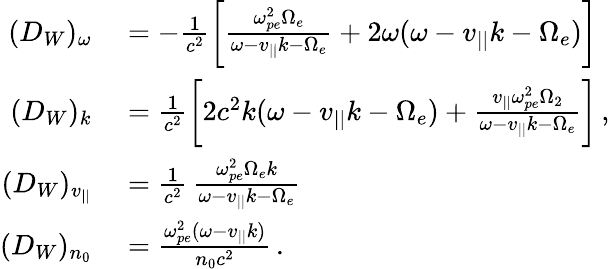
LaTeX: \begin{array}{rl}{(D_{W})_{\omega}}&{{}=-\frac{1}{c^{2}}\bigg[\frac{\omega_{pe}^{2}\Omega_{e}}{\omega-v_{||}k-\Omega_{e}}+2\omega(\omega-v_{||}k-\Omega_{e})\bigg]}\\ {(D_{W})_{k}}&{{}=\frac{1}{c^{2}}\bigg[2c^{2}k(\omega-v_{||}k-\Omega_{e})+\frac{v_{||}\omega_{pe}^{2}\Omega_{2}}{\omega-v_{||}k-\Omega_{e}}\bigg]\, ,}\\ {(D_{W})_{v_{||}}}&{{}=\frac{1}{c^{2}}\, \frac{\omega_{pe}^{2}\Omega_{e}k}{\omega-v_{||}k-\Omega_{e}}}\\ {(D_{W})_{n_{0}}}&{{}=\frac{\omega_{pe}^{2}(\omega-v_{||}k)}{n_{0}c^{2}}\, .}\end{array}